Vaccination in the Punjab 1897-1904 - 1897-1904
Year: 1897
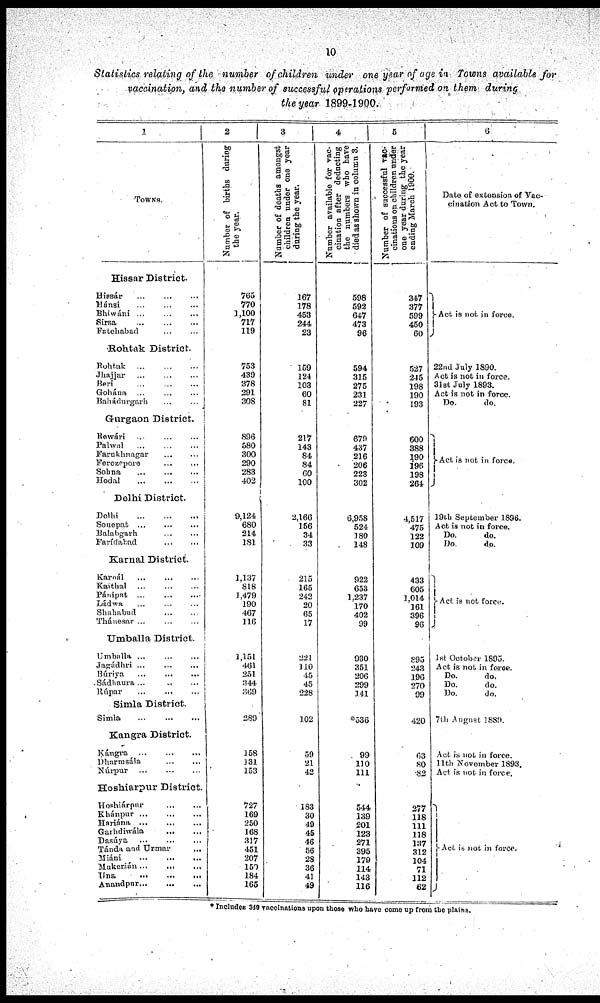
10
Statistics relating of the number of children under one year of age in Towns available for
vaccination, and the number of successful operations performed on them during
the year 1899-1900.
1
TOWNS.
Hissar District.
Hissár ... ... ...
Hánsi ... ... ...
Bhiwáni ... ... ...
Sirsa ... ... ...
Fatehabad
...
...
...
Rohtak District.
Rohtak
...
...
...
Jhajjar ... ... ...
Beri ... ... ...
Gohána ... ... ...
Bahádurgarh ... ...
Gurgaon District.
Rewári ... ... ...
Palwal ... ... ...
Farukhnagar ... ... ...
Ferozepore ... ...
Sohna ... ... ...
Hodal
...
...
...
Delhi District.
Delhi
...
...
...
Sonepat ... ... ...
Balabgarh ... ... ...
Farídabad ... ... ...
Karnal District.
Karnál
...
...
...
Kaithal
...
...
...
Pánipat
...
...
...
Ládwa ... ... ...
Shahabad ... ... ...
Thánesar ... ... ...
Umballa District.
Umballa ... ... ...
Jagádhri ... ... ...
Búriya ... ... ...
Sádhaura ... ... ...
Rúpar ... ... ...
Simla District.
Simla ... ... ...
Kangra District.
Kángra
...
...
...
Dharmsála ... ... ...
Núrpur
...
...
...
Hoshiarpur District.
Hoshiárpur
...
...
...
Khánpur
...
...
...
Hariána
...
...
...
Garhdiwála
...
...
...
Dasúya
...
...
...
Tándu and Urmar ...
Miáni
...
...
...
Mukerián ... ... ...
Una
...
...
...
Anandpur
...
...
...
2
Number of births during
the year.
765
770
1,100
717
119
753
439
378
291
308
896
580
300
290
283
402
9,124
680
214
181
1,137
818
1,479
190
467
116
1,151
461
251
344
369
289
158
131
153
727
169
250
168
317
451
207
150
184
165
3
Number of deaths amongst
children under one year
during the year.
167
178
453
244
23
159
124
103
60
81
217
143
84
84
60
100
2,166
156
34
33
215
165
242
20
65
17
221
110
45
45
228
102
59
21
42
183
30
49
45
46
56
28
36
41
49
4
Number available for vac¬
cination after deducting
the numbers who have
died as shown in column 3.
598
592
647
473
96
594
315
275
231
227
679
437
216
206
223
302
6,958
524
180
148
922
653
1,237
170
402
99
930
351
206
299
141
*536
99
110
111
544
139
201
123
271
395
179
114
143
116
5
Number of successful vac¬
cinations on children under
one year during the year
ending March 1900.
347
377
599
450
60
527
245
198
190
193
600
388
190
196
198
264
4,517
475
122
109
433
605
1,014
161
396
96
895
243
196
270
99
420
63
80
82
277
118
111
118
137
312
104
71
112
62
6
Date of extension of Vac¬
cination Act to Town.
Act is not. in force
22nd July 1890.
Act is not in force.
31st July 1893.
Act is not in force.
Do.
do.
Act is not in force.
19th September 1896.
Act is not in force.
Do.
do.
Do.
do.
Act is not force.
1st October 1895.
Act is not in force.
Do.
do.
Do.
do.
Do.
do.
7th August 1889.
Act is not in force.
11th November 1893.
Act is not in force.
Act in not in force.
* Includes 349 vaccinations upon those who have come up from the plains.